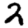
Digit: 2